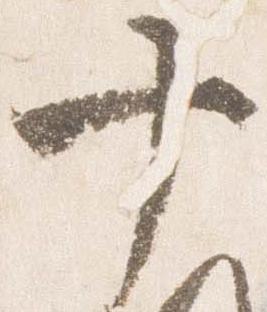
十